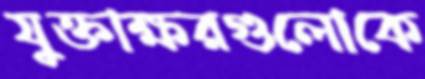
যুক্তাক্ষরগুলোকে